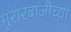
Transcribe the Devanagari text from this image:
मुरारबाजीच्या